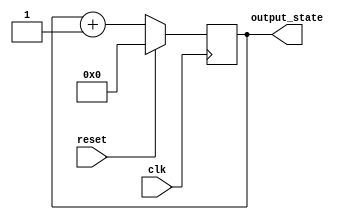
module synchronous_reset (
    input wire clk,          // Clock signal
    input wire reset,        // Reset signal
    output reg [7:0] output_state // Output state (8-bit for example)
);

// Define the reset value
parameter RESET_VALUE = 8'b00000000;

always @(posedge clk) begin
    if (reset) begin
        // Synchronous reset
        output_state <= RESET_VALUE;
    end else begin
        // Normal operation: Update output_state based on defined logic
        // Here you can implement your state update logic
        // For example, a simple counter increment
        output_state <= output_state + 1;
    end
end

endmodule